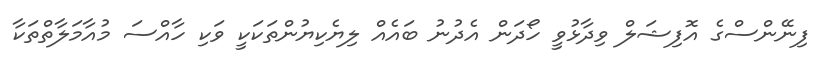
ފިނޭންސްގެ އޮފިޝަލް ވިދާޅުވީ ހޯދަން އެދުނު ބައެއް ލިޔެކިޔުންތަކަކީ ވަކި ހާއްސަ މުއާމަލާތްތަކާ